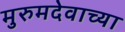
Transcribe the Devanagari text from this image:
मुरुमदेवाच्या